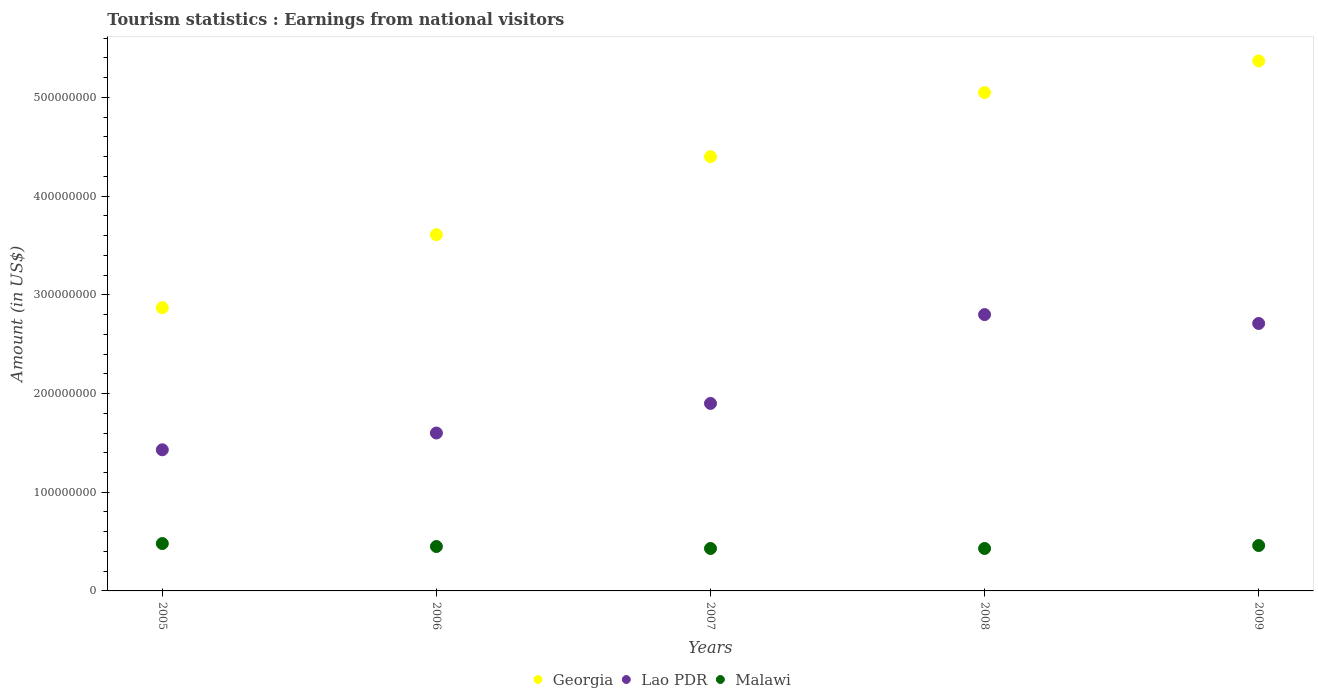
| Years | Georgia | Lao PDR | Malawi |
 | --- | --- | --- | --- |
 | 2005 | 2.87e+08 | 1.43e+08 | 4.8e+07 |
 | 2006 | 3.61e+08 | 1.6e+08 | 4.5e+07 |
 | 2007 | 4.4e+08 | 1.9e+08 | 4.3e+07 |
 | 2008 | 5.05e+08 | 2.8e+08 | 4.3e+07 |
 | 2009 | 5.37e+08 | 2.71e+08 | 4.6e+07 |